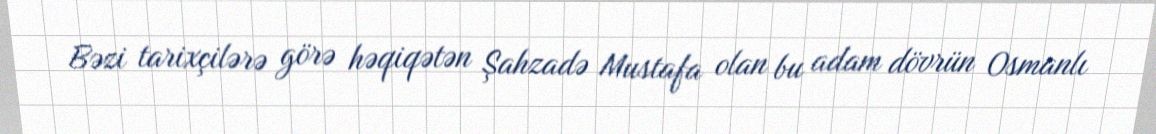
Bəzi tarixçilərə görə həqiqətən Şahzadə Mustafa olan bu adam dövrün Osmanlı